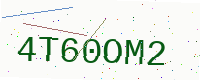
Text: 4T60OM2